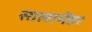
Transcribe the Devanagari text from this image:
सालामेंडर